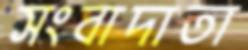
সংবাদাতা